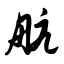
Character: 航